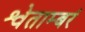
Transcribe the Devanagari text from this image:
श्वेताम्बरं